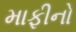
માફીનો